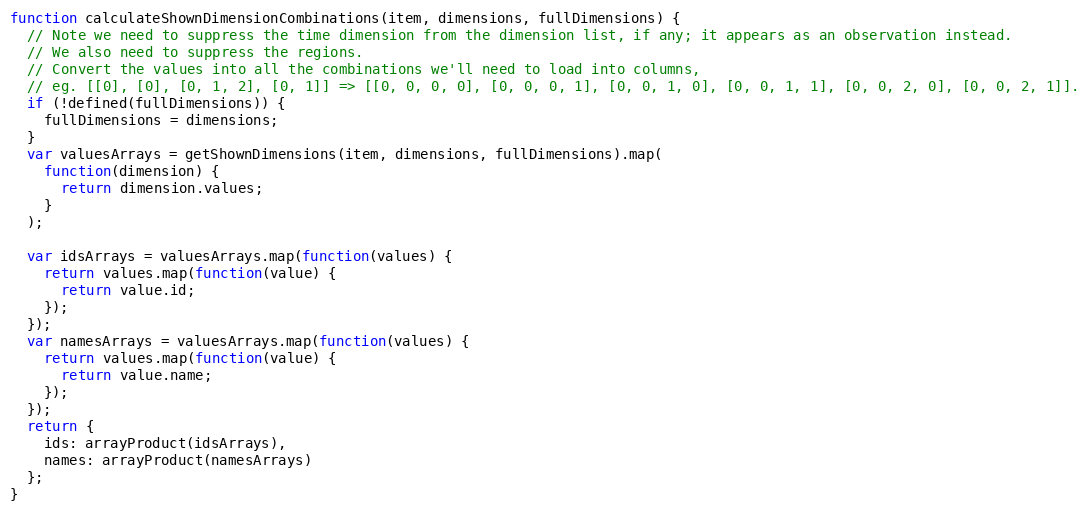
Language: JavaScript
function calculateShownDimensionCombinations(item, dimensions, fullDimensions) {
  // Note we need to suppress the time dimension from the dimension list, if any; it appears as an observation instead.
  // We also need to suppress the regions.
  // Convert the values into all the combinations we'll need to load into columns,
  // eg. [[0], [0], [0, 1, 2], [0, 1]] => [[0, 0, 0, 0], [0, 0, 0, 1], [0, 0, 1, 0], [0, 0, 1, 1], [0, 0, 2, 0], [0, 0, 2, 1]].
  if (!defined(fullDimensions)) {
    fullDimensions = dimensions;
  }
  var valuesArrays = getShownDimensions(item, dimensions, fullDimensions).map(
    function(dimension) {
      return dimension.values;
    }
  );

  var idsArrays = valuesArrays.map(function(values) {
    return values.map(function(value) {
      return value.id;
    });
  });
  var namesArrays = valuesArrays.map(function(values) {
    return values.map(function(value) {
      return value.name;
    });
  });
  return {
    ids: arrayProduct(idsArrays),
    names: arrayProduct(namesArrays)
  };
}